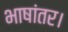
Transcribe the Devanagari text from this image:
भाषांतर।